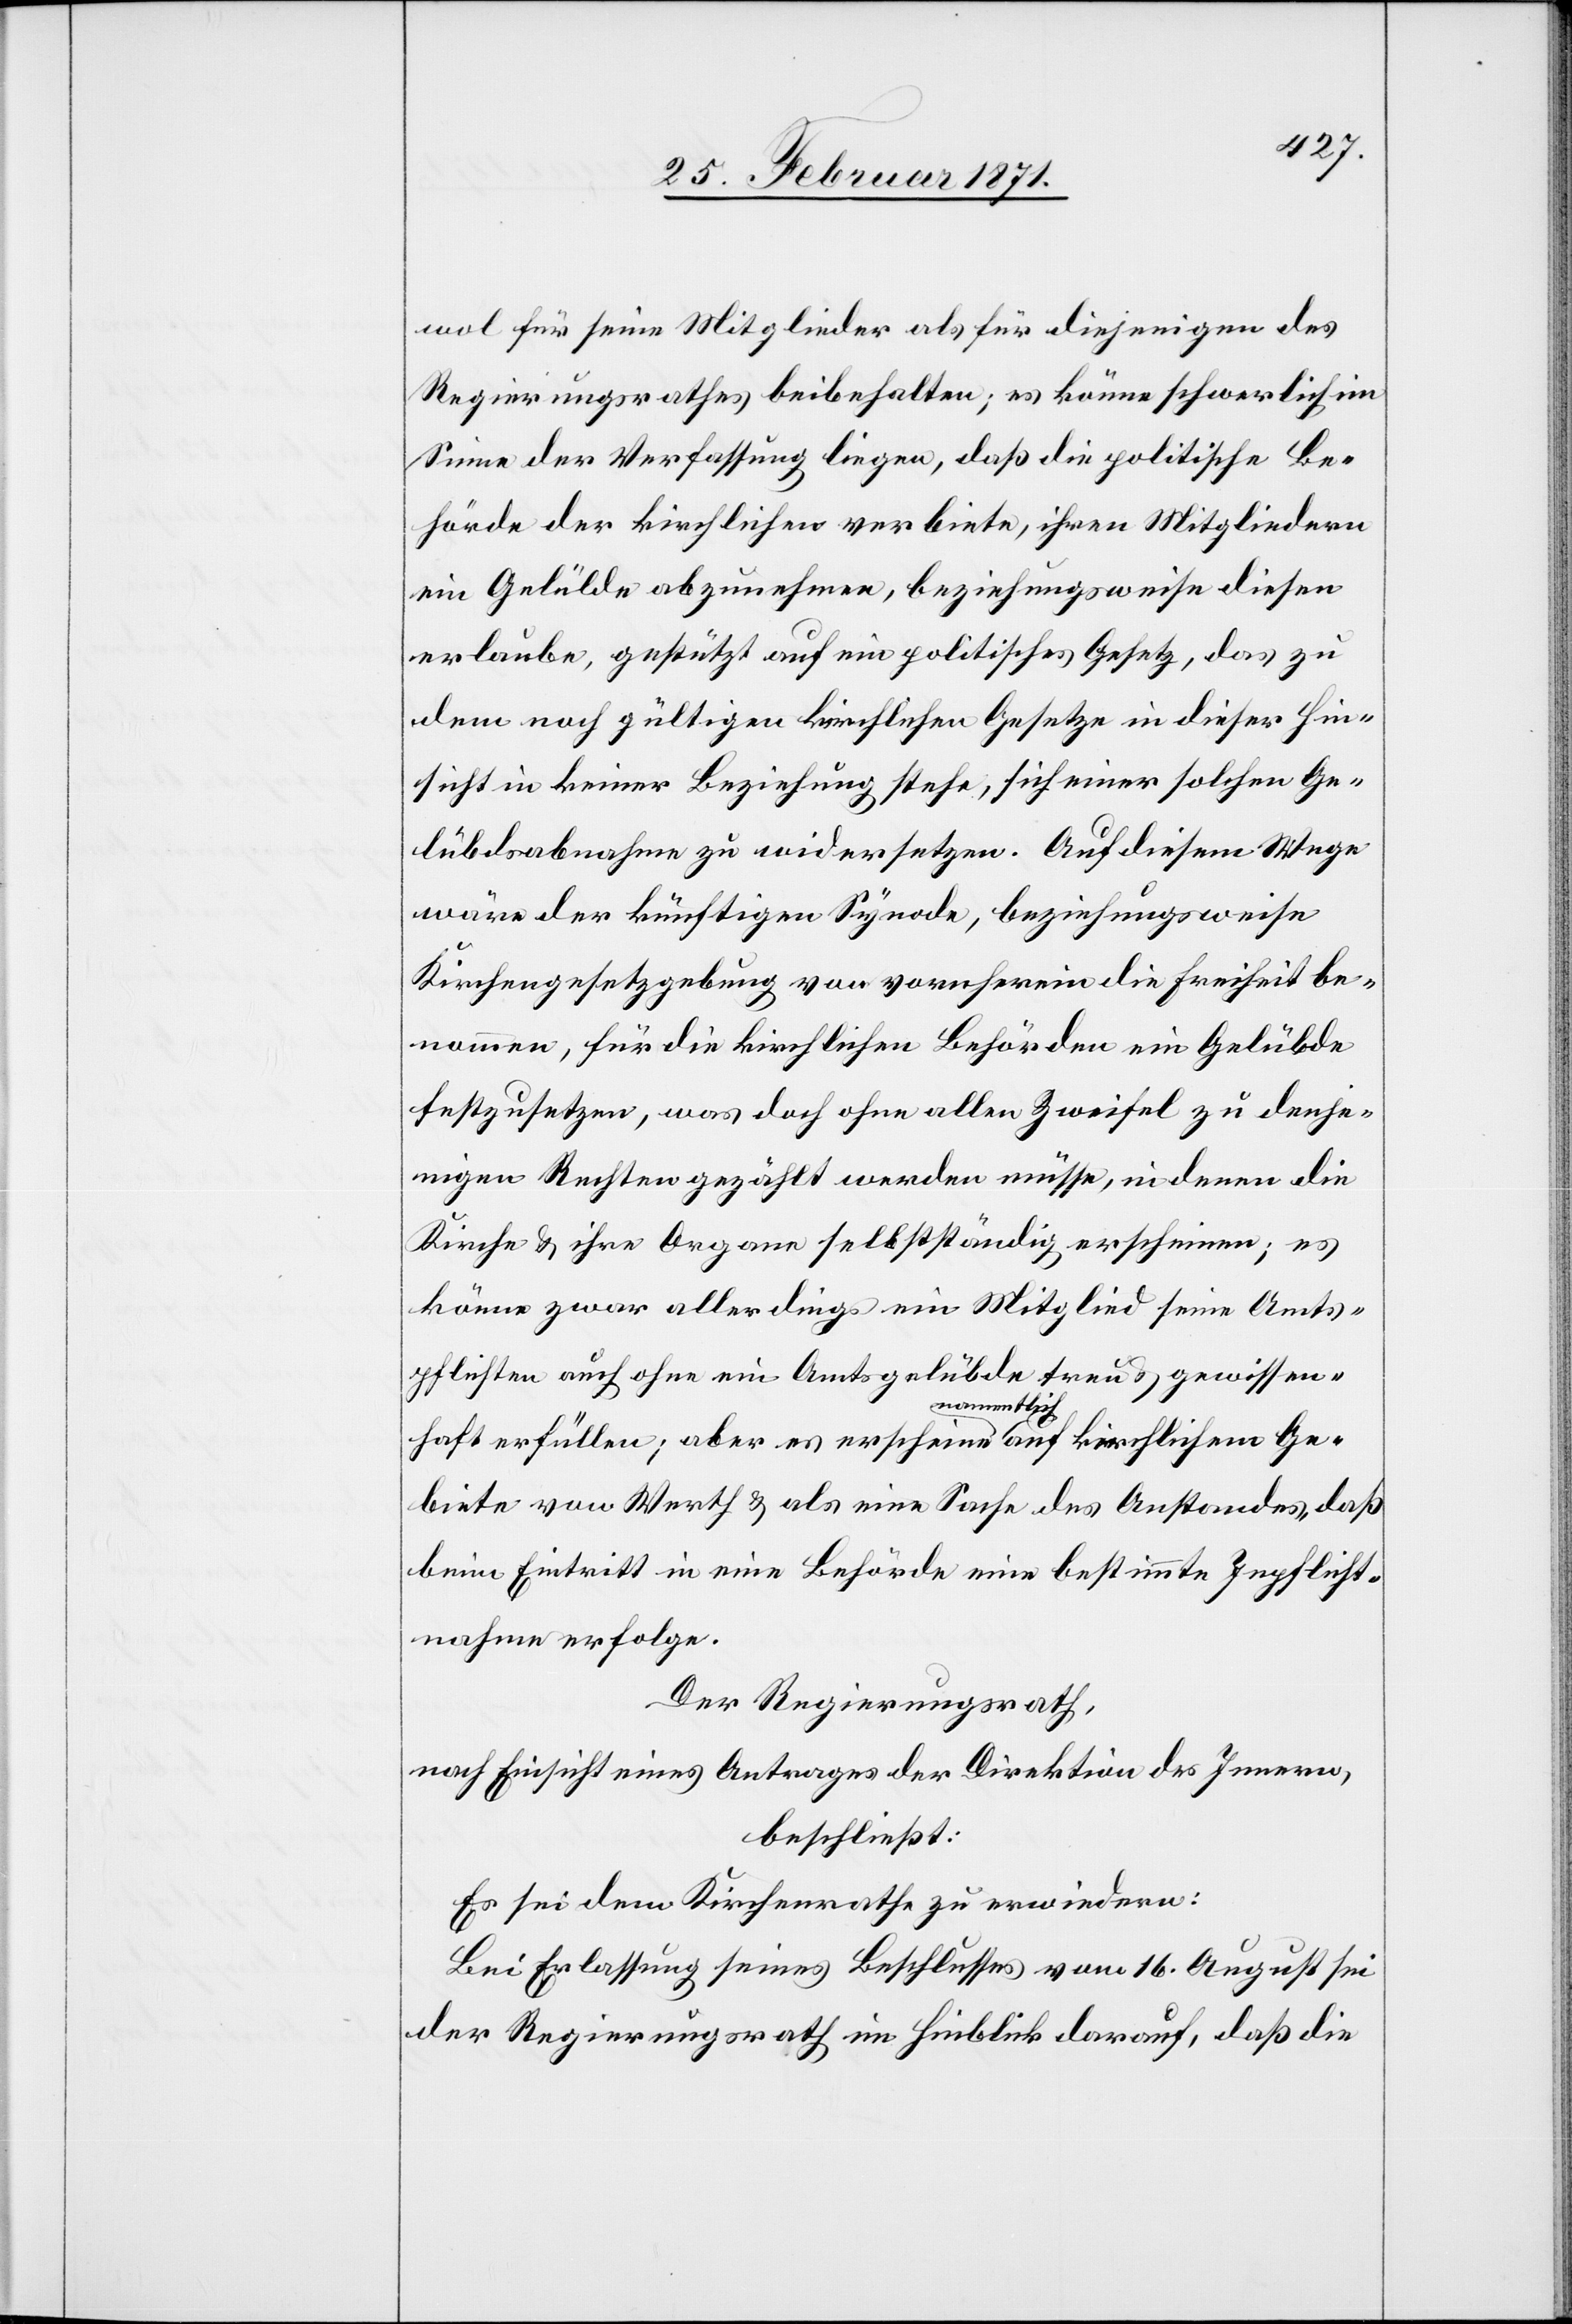
wol für seine Mitglieder als für diejenigen des
Regierungsrathes beibehalten; es könne schwerlich im
Sinne der Verfassung liegen, daß die politische Be¬
hörde der kirchlichen verbiete, ihren Mitgliedern
ein Gelübde abzunehmen, beziehungsweise diesen
erlaube, gestützt auf ein politisches Gesetz, das zu
dem noch gültigen kirchlichen Gesetzte in dieser Hin¬
sicht in keiner Beziehung stehe, sich einer solchen Ge¬
lübdsabnahme zu widersetzen. Auf diesem Wege
wäre der künftigen Synode, beziehungsweise
Kirchengesetzgebung von vornherein die Freiheit be¬
nommen, für die kirchlichen Behörden ein Gelübde
festzusetzen, was doch ohne allen Zweifel zu denje¬
nigen Rechten gezählt werden müsse, in denen die
Kirche u. ihre Organe selbstständig erscheinen; es
könne zwar allerdings ein Mitglied seine Amts¬
pflichten auch ohne ein Amtsgelübde treu u. gewissen¬
haft erfüllen; aber es erscheine namentlich auf kirchlichem Ge¬
biete von Werth u. als eine Sache des Anstandes, daß
beim Eintritt in eine Behörde eine bestimmte Inpflicht¬
nahme erfolge.
Der Regierungsrath,
nach Einsicht eines Antrages der Direktion des Innern,
beschließt:
Es sei dem Kirchenrath zu erwiedern:
Bei Erlassung seines Beschlusses vom 16. August sei
der Regierungsrath im Hinblick darauf, daß die